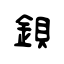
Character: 鋇